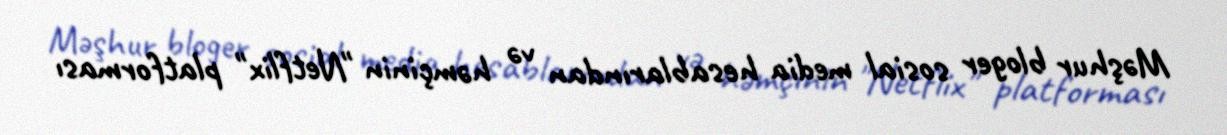
Məşhur bloger sosial media hesablarından və həmçinin "Netflix" platforması